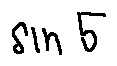
\sin 5